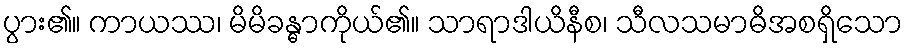
ပွား၏။ ကာယဿ၊ မိမိခန္ဓာကိုယ်၏။ သာရာဒါယိနီစ၊ သီလသမာဓိအစရှိသော